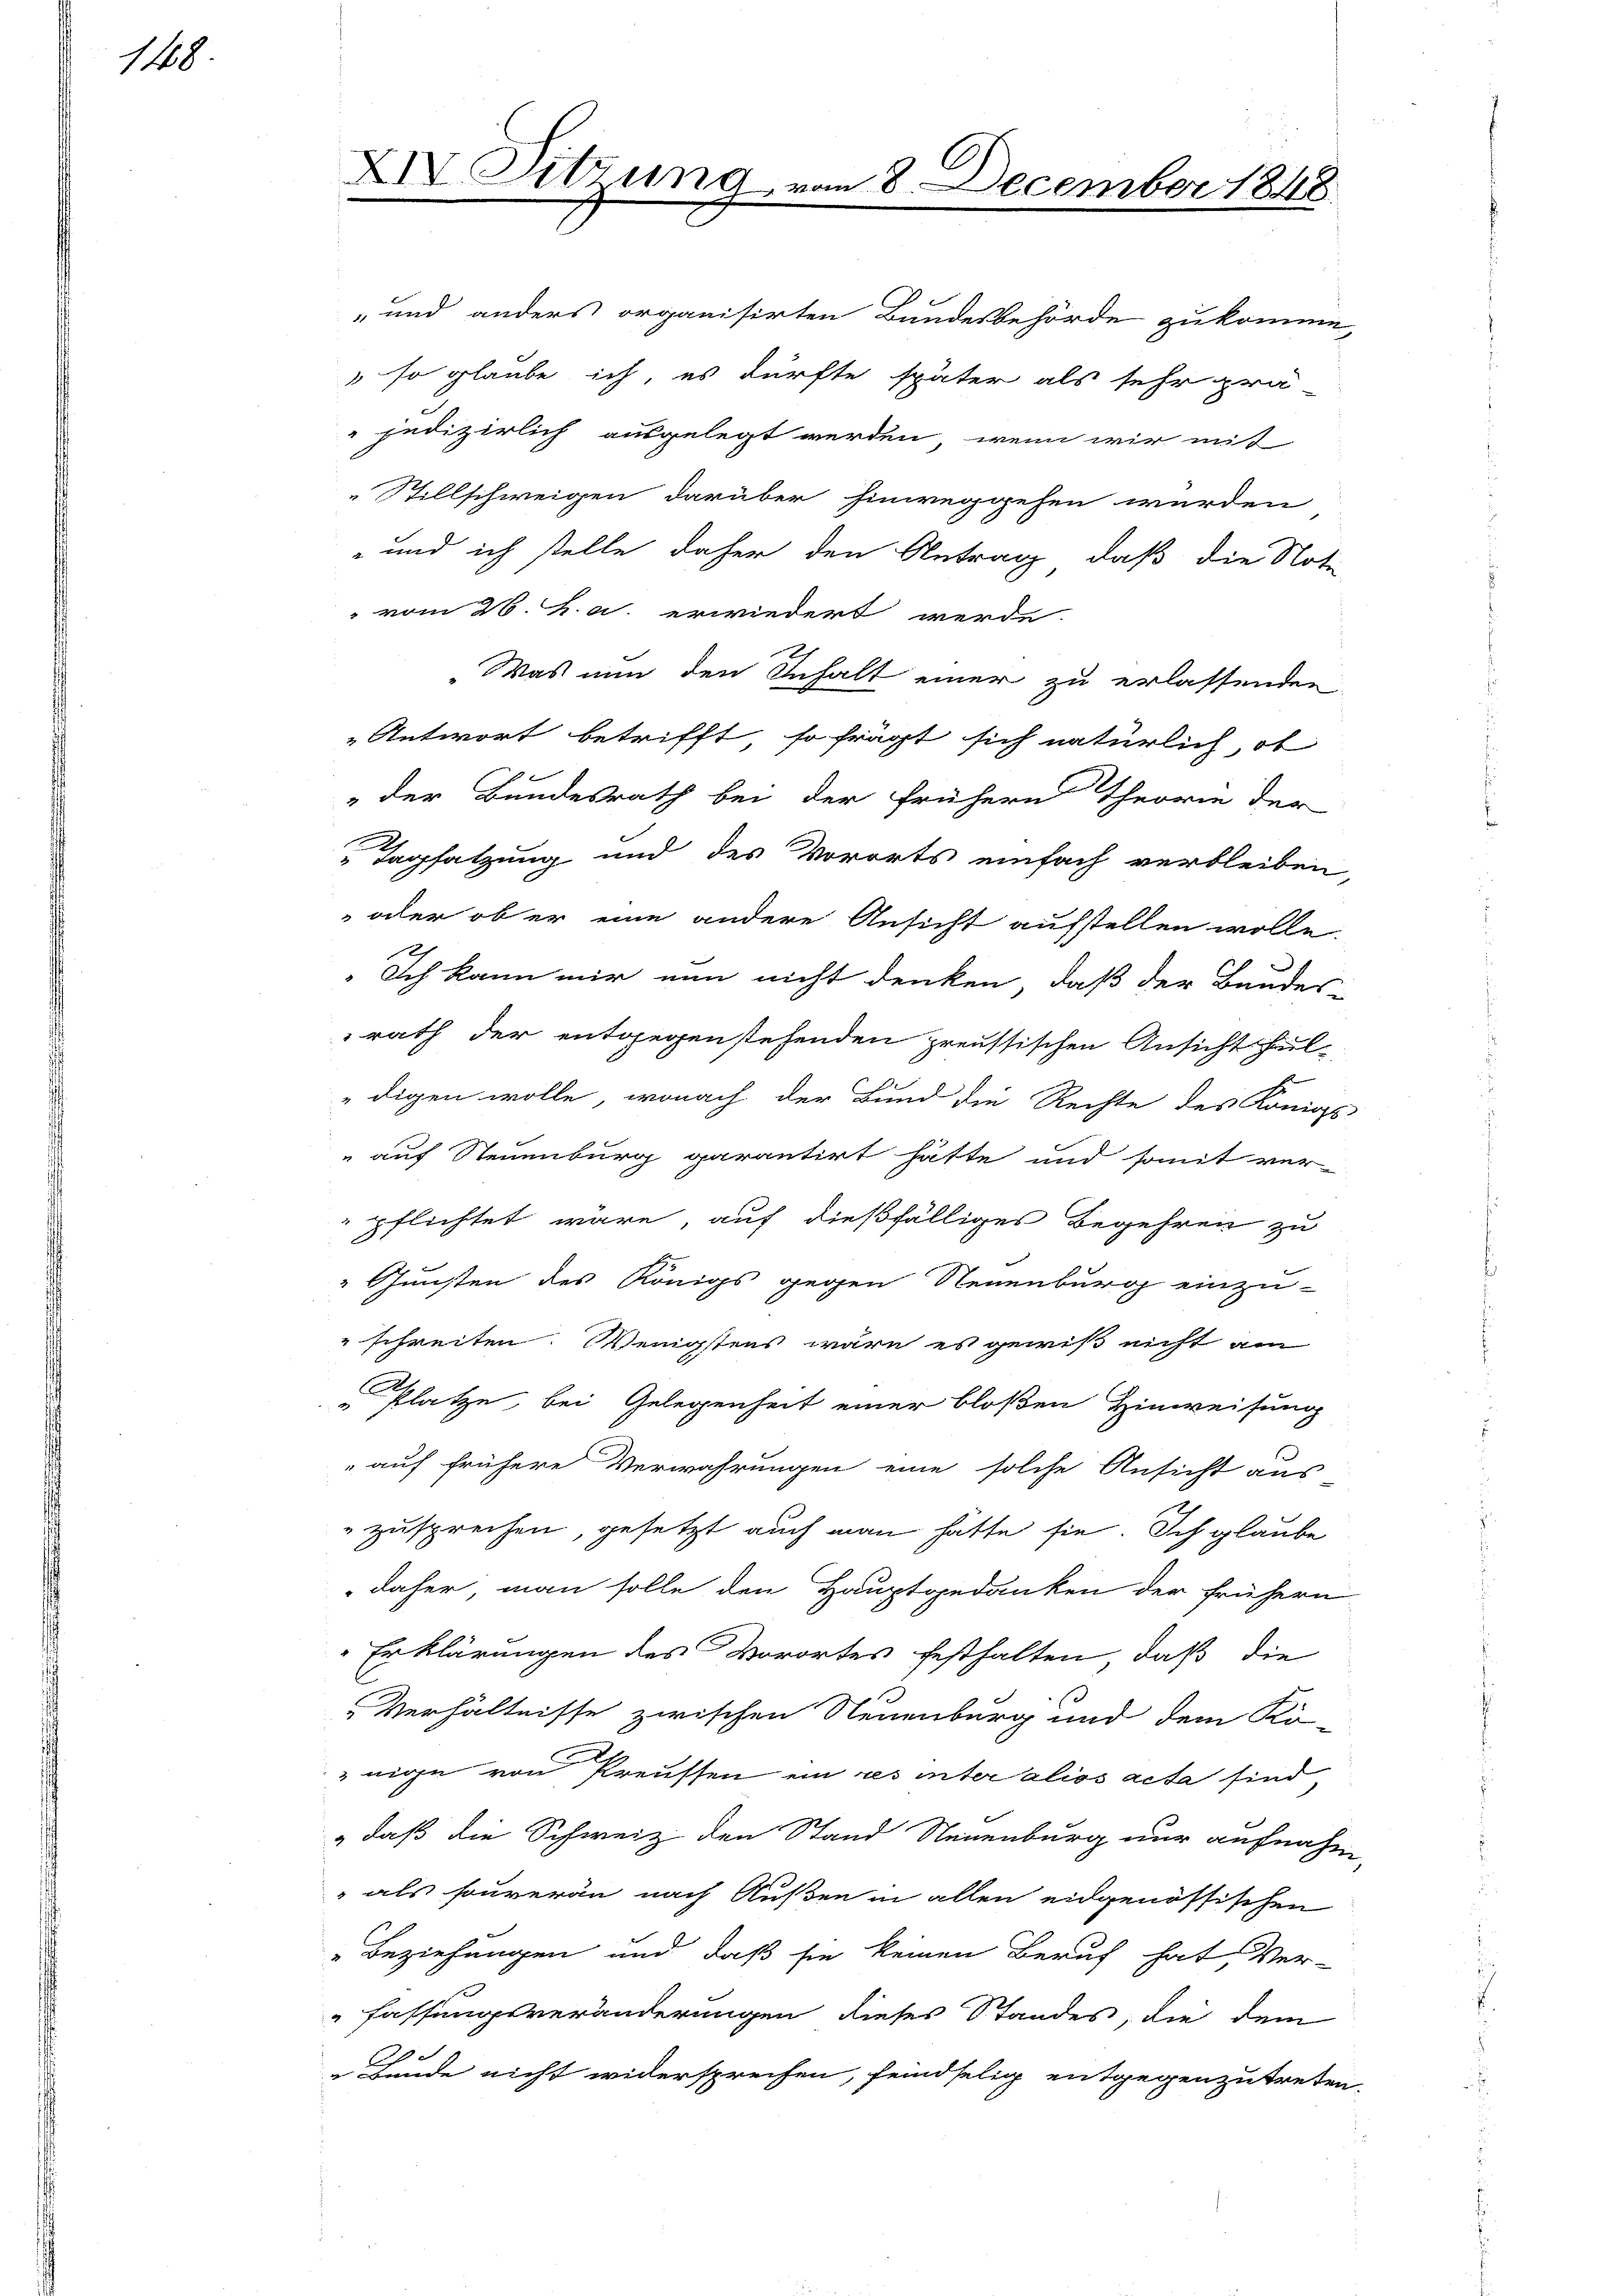
1148.

" und anders organisirten Bundesbehörde zukomme,
" so glaube ich, es dürfte später als sehr pra
pedizirlich ausgelegt werden, wenn wir mit
Stillschweigen darüber hinweggehen würden
- und ich stelle daher den Antrag, daß die Noti
 vom 26. K. a. erwiedert werde.
„Was nun den Inhalt einer zu erlassenden
Antwort betrifft, so frägt sich natürlich, ob
" der Bundesrath bei der frühern Theorie der
 Tagsatzung und des Vororts einfach verbleiben,
 oder ob er eine andere Ansicht aufstellen wolle.
Ich kann mir nun nicht denken, daß der Bandes-
rath der entgegenstehenden preussischen Ansicht fuldigen wolle, wonach der Bund die Rechte des Königl
 auf Steuenburg garantirt hätte und somit ver-
pflichtet wäre, auf dießfälliges Begehren zu
 Gunsten des Königs gegen Neuenburg einzu-
" schreiten. Wenigstens wäre es gewiß nicht am
Platze, bei Gelegenheit einer bloßen Hinweisung
" auf frühere Verwahrungen eine solche Ansicht aus
zusprechen, gesetzt auch man hatte sie. Ich glaube
daher, man solle den Hauptgedanken der frühern
Erklärungen des Vorortes festhalten, daß die
Verhältnisse zwischen Neuenburg und dem Kö-
nige von Preussen ein res inter alios acta sind,
" daß die Schweiz den Stand Neuenburg nur aufnahm
" als souveran nach Außen in allen eidgenössischen
Beziehungen und daß sie keinen Beruf hat, Ver-
fassungsveränderungen dieses Standes, die dem
 1
E
 Bunde nicht widersprechen, feindselig entgegenzutreten.

XIV Sitzung

18. December 1848